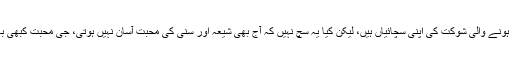
برٹش انڈیا میں پیدا ہونے والی شوکت کی اپنی سچائیاں ہیں، لیکن کیا یہ سچ نہیں کہ آج بھی شیعہ اور سنی کی محبت آسان نہیں ہوتی، جی محبت کبھی بھی آسان نہیں ہوتی۔